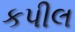
કપીલ